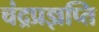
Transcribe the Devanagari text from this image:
चंद्रप्रज्ञप्ति